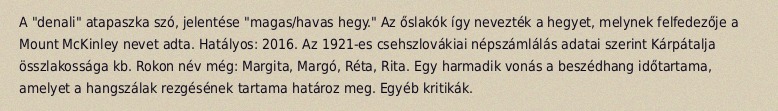
A "denali" atapaszka szó, jelentése "magas/havas hegy." Az őslakók így nevezték a hegyet, melynek felfedezője a Mount McKinley nevet adta. Hatályos: 2016. Az 1921-es csehszlovákiai népszámlálás adatai szerint Kárpátalja összlakossága kb. Rokon név még: Margita, Margó, Réta, Rita. Egy harmadik vonás a beszédhang időtartama, amelyet a hangszálak rezgésének tartama határoz meg. Egyéb kritikák.